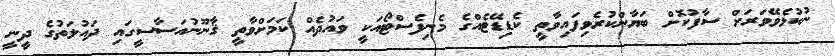
ނުކުޅެވޭވަރަށް ސާފުކޮށް ބަޔާންކުރެވިފައިވާތީ ކެޑިޑޭޓެއްގެ މެނިފެސްޓޯއަކީ ވައުދެއް ކަމަށްވާތީ ޤާނޫނުއަސާސީގައި ދައުލަތުގެ ދީނީ